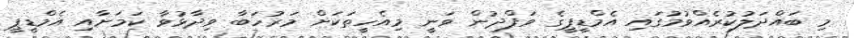
މި ބައްދަލުކުރެއްވުމުގައި އެމްޑީޕީގެ ވަފްދުން ވަނީ މިއެހީތަކަށް މަރުހަބާ ވިދާޅުވާ ކަމަށާއި އެމްޑީޕީ